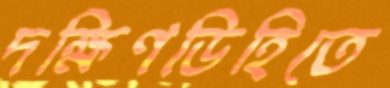
দক্ষিণডিহিতে